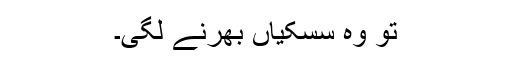
تو وہ سسکیاں بھرنے لگی۔